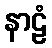
နာဠံ